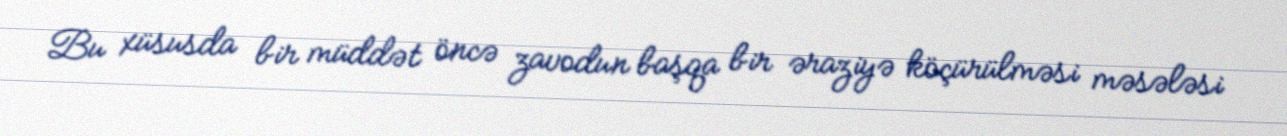
Bu xüsusda bir müddət öncə zavodun başqa bir əraziyə köçürülməsi məsələsi